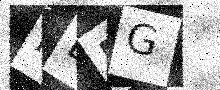
Text: ILNG